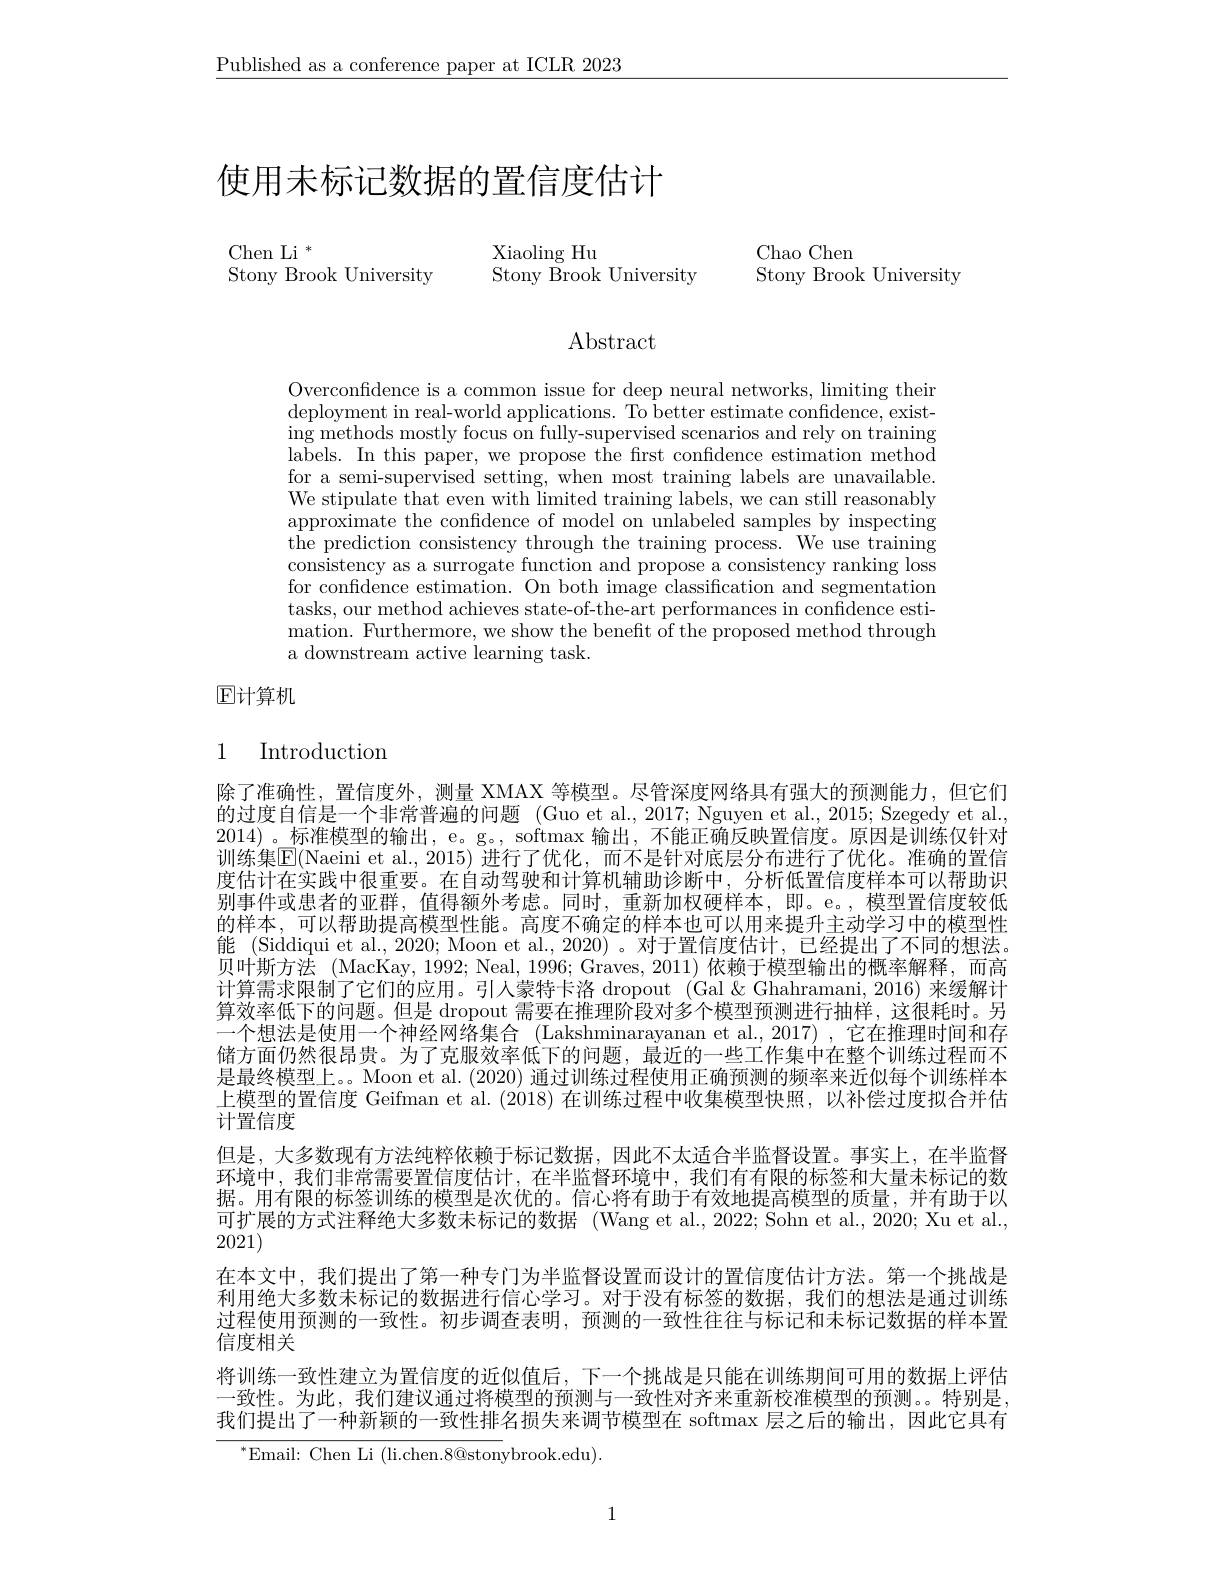
$\underline{\text{Published as a conference paper at ICLR 2023}}$

# 使用未标记数据的置信度估计

$\mathop{\mathrm{Chen~Li~}}^{*}$
Stony Brook University

Xiaoling Hu
Stony Brook University

Chao Chen
Stony Brook University

Abstract

Overconfdence is a common issue for deep neural networks, limiting their deployment in real-world applications. To better estimate confidence, existing methods mostly focus on fully-supervised scenarios and rely on training labels. In this paper, we propose the frst confidence estimation method for a semi-supervised setting, when most training labels are unavailable. We stipulate that even with $\bar{\text{limited training labels, we can still reasonably}}$ approximate the confdence of model on unlabeled samples by inspecting the prediction consistency through the training process. We use training consistency as a surrogate function and propose a consistency ranking loss for confidence estimation. On both image classification and segmentation tasks, our method achieves state-of-the-art performances in confidence estimation. Furthermore, we show the benefit of the proposed method through a downstream active learning task.

$\boxed{\mathrm{F}}$计算机

# 1 Introduction

除了准确性，置信度外，测量 XMAX 等模型。尽管深度网络具有强大的预测能力，但它们的过度自信是一个非常普遍的问题 (Guo et al., 2017; Nguyen et al., 2015; Szegedy et al., 2014) 。标准模型的输出，e。g。, softmax 输出，不能正确反映置信度。原因是训练仅针对训练集$\boxed{\mathrm{E}}($Naeini et al.,2015)进行了优化，而不是针对底层分布进行了优化。准确的置信度估计在实践中很重要。在自动驾驶和计算机辅助诊断中，分析低置信度样本可以帮助识别事件或患者的亚群，值得额外考虑。同时，重新加权硬样本，即。e。,模型置信度较低的样本，可以帮助提高模型性能。高度不确定的样本也可以用来提升主动学习中的模型性能 (Siddiqui et al., 2020; Moon et al., 2020) 。对于置信度估计，已经提出了不同的想法。贝叶斯方法 (MacKay,1992; Neal, 1996; Graves, 2011) 依赖于模型输出的概率解释，而高计算需求限制了它们的应用。引入蒙特卡洛 dropout (Gal &Ghahramani, 2016) 来缓解计算效率低下的问题。但是 dropout 需要在推理阶段对多个模型预测进行抽样，这很耗时。另一个想法是使用一个神经网络集合 (Lakshminarayanan et al.,2017) ,它在推理时间和存储方面仍然很昂贵。为了克服效率低下的问题，最近的一些工作集中在整个训练过程而不是最终模型上。。Moon et al. (2020) 通过训练过程使用正确预测的频率来近似每个训练样本上模型的置信度 Geifman et al.(2018)在训练过程中收集模型快照，以补偿过度拟合并估计置信度
但是，大多数现有方法纯粹依赖于标记数据，因此不太适合半监督设置。事实上，在半监督环境中，我们非常需要置信度估计，在半监督环境中，我们有有限的标签和大量未标记的数据。用有限的标签训练的模型是次优的。信心将有助于有效地提高模型的质量，并有助于以可扩展的方式注释绝大多数未标记的数据 (Wang et al.,2022; Sohn et al.,2020; Xu et al., 2021)
在本文中，我们提出了第一种专门为半监督设置而设计的置信度估计方法。第一个挑战是利用绝大多数未标记的数据进行信心学习。对于没有标签的数据，我们的想法是通过训练过程使用预测的一致性。初步调查表明，预测的一致性往往与标记和未标记数据的样本置信度相关
将训练一致性建立为置信度的近似值后，下一个挑战是只能在训练期间可用的数据上评估一致性。为此，我们建议通过将模型的预测与一致性对齐来重新校准模型的预测。。特别是， 我们提出了一种新颖的一致性排名损失来调节模型在 softmax 层之后的输出，因此它具有
$^{*}$Email: Chen Li (li.chen.8@stonybrook.edu).

1